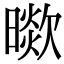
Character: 𣊞